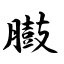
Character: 臌